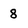
Character: 8